Vaccination in Bombay 1913-1923 - 1913-1923
Year: 1913
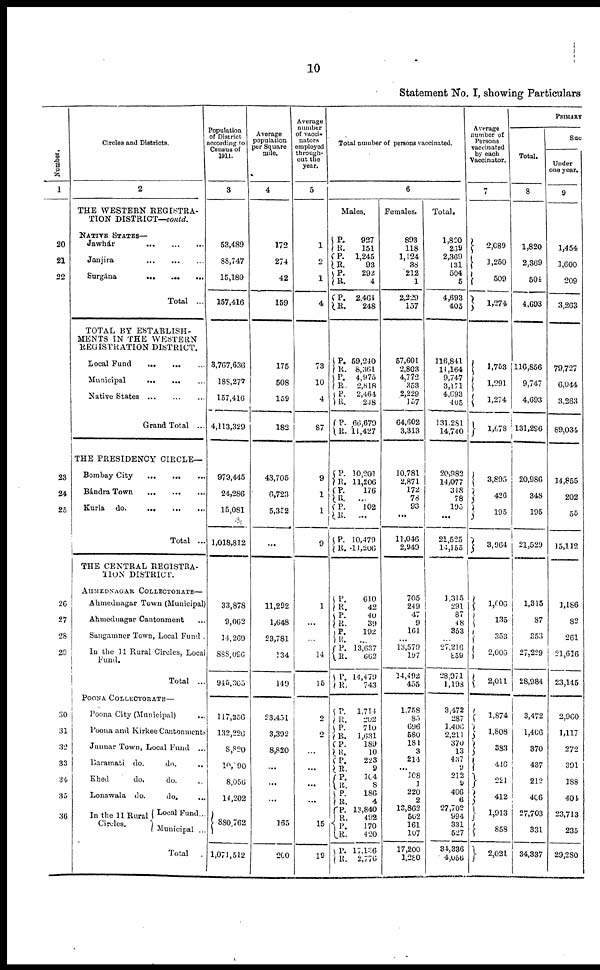
10
Statement No. I, showing Particulars
Number.
1
20
21
22
23
24
25
26
27
28
29
30
31
32
33
34
35
36
Circles and Districts.
2
THE WESTERN REGISTRA-
TION DISTRICT—conld.
NATIVE STATES—
Jawhár
...
...
...
Janjira
...
...
...
Surgána
...
...
...
Total
...
TOTAL BY ESTABLISH¬
MENTS IN THE WESTERN
REGISTRATION DISTRICT.
Local Fund
...
...
...
Municipal
...
...
...
Native States
...
...
...
Grand Total ...
THE PRESIDENCY CIRCLE—
Bombay City
...
... ...
Bándra Town
...
...
...
Kurla
do.
...
...
...
Total ...
THE CENTRAL REGISTRA¬
TION DISTRICT.
AHMEDNAGAR COLLECTORATE—
Ahmednagar Town (Municipal)
Ahmednagar Cantonment ...
Sangamner Town, Local Fund .
In the 11 Rural Circles, Local
Fund.
Total
...
POONA COLLECTORATE—
Poona City (Municipal) ...
Poona and Kirkee Cantonments
Junnar Town, Local Fund ...
Baramati do.
do. ...
Khed
do.
do. ...
Lonawala do.
do. ...
In the 11 Rural
Circles.
Local Fund ...
Municipal ...
Tota1
.
Population
of District
according to
Census of
1911.
3
53,489
88,747
15,180
157,416
3,767,636
188,277
157,416
4,113,329
979,445
24,286
15,081
1,018,812
33,878
9,062
14,269
888,096
945,305
117,256
132,226
8,820
10,190
8,056
14,202
880,762
1,071,512
Average
population
per Square
mile.
4
172
274
42
159
175
508
159
182
43,705
6,723
5,352
...
11,292
1,648
23,781
134
149
23,451
3,392
8,820
...
...
...
165
200
Average
number
of vacci¬
nators
employed
through-
out the
year.
5
1
2
1
4
73
10
4
87
9
1
1
9
1
...
...
14
15
2
2
...
...
...
...
15
19
Total number of persons vaccinated.
6
Males.
P.
R.
P.
R.
P.
R.
P.
R.
927
151
1,245
93
292
4
2,464
248
P.
R.
P.
R.
P.
R.
P.
R.
59,240
8,361
4,975
2,818
2,464
248
66,679
11,427
P.
R.
P.
R.
P.
R.
P.
R.
10,201
11,206
176
...
102
...
10,479
11,206
P.
R.
P.
R.
P.
R.
P.
R.
P.
R.
610
42
40
39
192
...
13,637
662
14,479
743
P.
R.
P.
R. P.
R.
P.
R.
P.
R.
P.
R.
P.
R.
P.
R.
P.
R.
1,714
202
710
1,031
189
10
223
9
104
8
186
4
13,840
492
170
420
17,136
2,770
Females.
893
118
1,124
38
212
1
2,229
157
57,601
2,803
4,772
353
2,229
157
64,602
3,313
10,781
2,871
172
78
93
...
11,046
2,949
705
249
47
9
161
...
13,579
197
14,492
455
1,758
85
696
580
181
3
214
...
108
1
220
2
13,862
502
161
107
17,200
1,280
Total.
1,820
239
2,309
131
504
5
4,693
405
116,841
11,164
9,747
3,171
4,693
405
131,281
14,740
20,982
14,077
348
78
195
...
21,525
14,155
1,315 291
87
48
353
...
27,216
859
28,971
1,198
3,472
287
1,406
2,211
370
13
437
9
212
9
406
6
27,702
994
331
527
34,336
4,056
Average
number of
Persons
vaccinated
by each
Vaccinator.
7
2,089
1,250
509
1,274
1,753
1,291
1,274
1,078
3,895
426
195
3,964
1,006
135
353
2,005
2,011
1,874
1,808
383
446
221
412
1,913
858
2,021
PRIMARY
Total.
8
1,820
2,369
504
4,693
116,856
9,747
4,693
131,296
20,986
348
195
21,529
1,315
87
353
27,229
28,984
3,472
1,406
370
437
212
406
27,703
331
34,337
Suc
Under
one year.
9
1,454
1,600
1,600
209
3,263
79,727
6,044
3,263
89,034
14,855
202
55
15,112
1,186
82
261
21,636
23,145
2,960
1,117
272
391
188
404
23,713
235
29,280